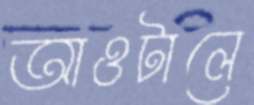
আওটালে